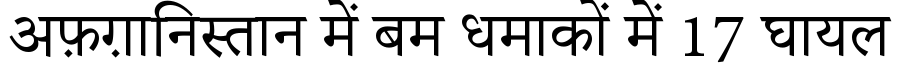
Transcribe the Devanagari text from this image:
अफ़ग़ानिस्तान में बम धमाकों में 17 घायल